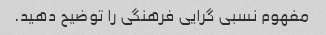
مفهوم نسبی گرایی فرهنگی را توضیح دهید.